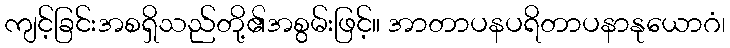
ကျင့်ခြင်းအစရှိသည်တို့၏အစွမ်းဖြင့်။ အာတာပနပရိတာပနာနုယောဂံ၊